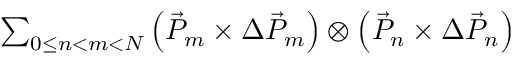
\begin{array} { r } { \sum _ { 0 \le n < m < N } \left( \vec { P } _ { m } \times \Delta \vec { P } _ { m } \right) \otimes \left( \vec { P } _ { n } \times \Delta \vec { P } _ { n } \right) } \end{array}